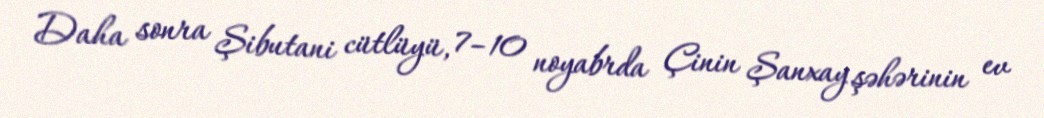
Daha sonra Şibutani cütlüyü, 7–10 noyabrda Çinin Şanxay şəhərinin ev